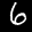
Label: 6